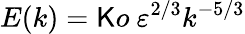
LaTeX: E(k)=\mathsf{K}o\ \varepsilon^{2/3}k^{-5/3}